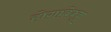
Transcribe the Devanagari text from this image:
होगाबेक्कू